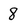
Character: 8